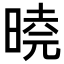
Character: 𭦩